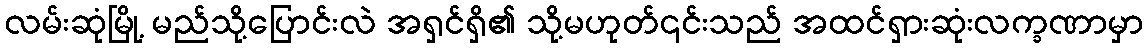
လမ်းဆုံမြို့ မည်သို့ပြောင်းလဲ အရှင်ရှိ၏ သို့မဟုတ်၎င်းသည် အထင်ရှားဆုံးလက္ခဏာမှာ